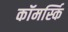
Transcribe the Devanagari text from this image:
कॉमर्स्कि